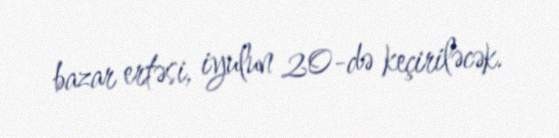
bazar ertəsi, iyulun 20-də keçiriləcək.